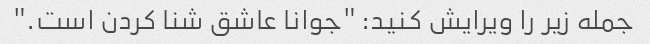
جمله زیر را ویرایش کنید: "جوانا عاشق شنا کردن است."